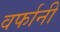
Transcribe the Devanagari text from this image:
वर्फानी